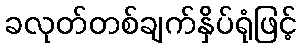
ခလုတ်တစ်ချက်နှိပ်ရုံဖြင့်